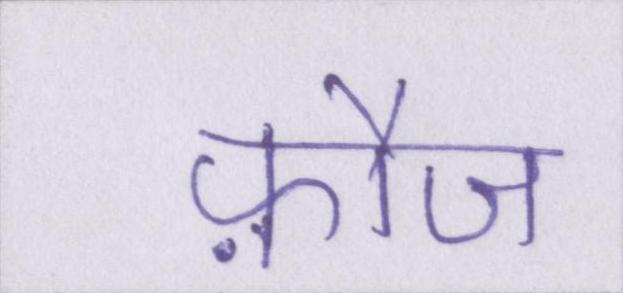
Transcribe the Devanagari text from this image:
फ़ौज